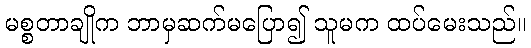
မစ္စတာချိုက ဘာမှဆက်မပြော၍ သူမက ထပ်မေးသည်။